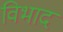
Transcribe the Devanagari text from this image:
विभाद